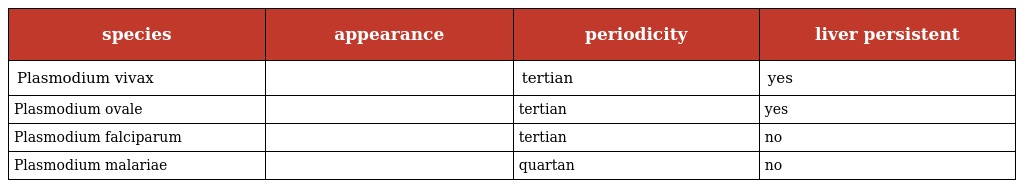
| species | appearance | periodicity | liver persistent |
 | --- | --- | --- | --- |
 | Plasmodium vivax |  | tertian | yes |
 | Plasmodium ovale |  | tertian | yes |
 | Plasmodium falciparum |  | tertian | no |
 | Plasmodium malariae |  | quartan | no |